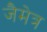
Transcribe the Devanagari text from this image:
जैमेत्र